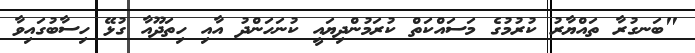
"ބަނގުރާ ތައްޔާރު ކުރުމުގެ މަސައްކަތް ކުރަމުންދިޔައީ ކުނަހަންދު އާއި ހިތަދޫއާ ގުޅޭ ހިސާބުގައިވާ